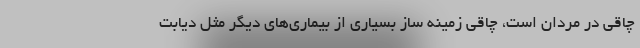
چاقی در مردان است، چاقی زمینه ساز بسیاری از بیماری‌های دیگر مثل دیابت